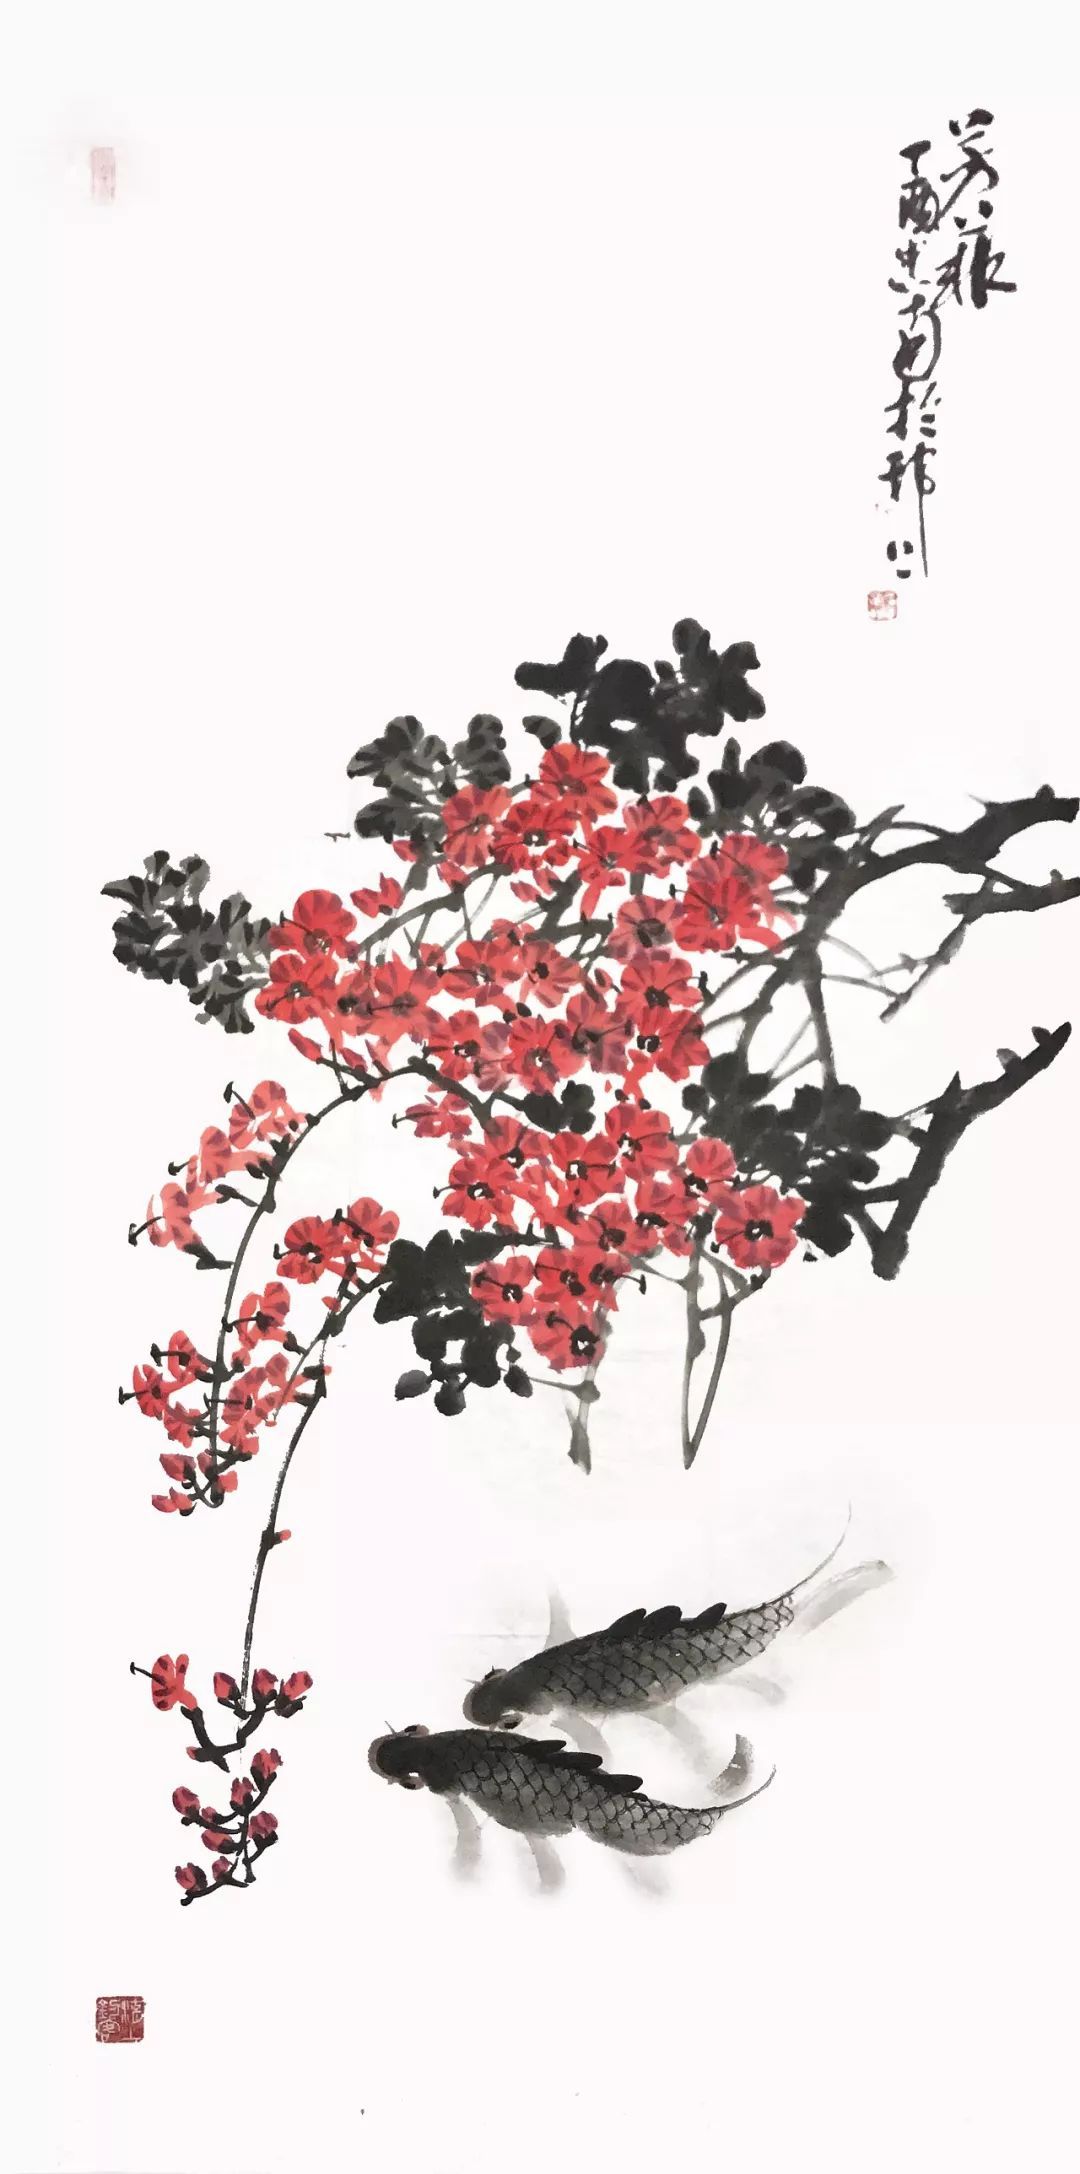
杨柳风柔，海棠月淡，独自倚阑时。